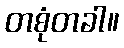
တစုံတခါ။